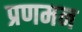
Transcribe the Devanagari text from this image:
प्रणमन